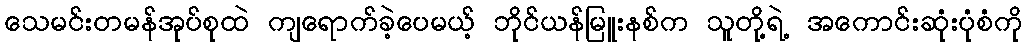
သေမင်းတမန်အုပ်စုထဲ ကျရောက်ခဲ့ပေမယ့် ဘိုင်ယန်မြူးနစ်က သူတို့ရဲ့ အကောင်းဆုံးပုံစံကို